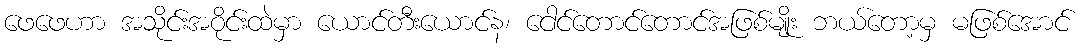
ဖေဖေဟာ အသိုင်းအဝိုင်းထဲမှာ ယောင်တီးယောင်န၊ ငေါင်တောင်တောင်အဖြစ်မျိုး ဘယ်တော့မှ မဖြစ်အောင်